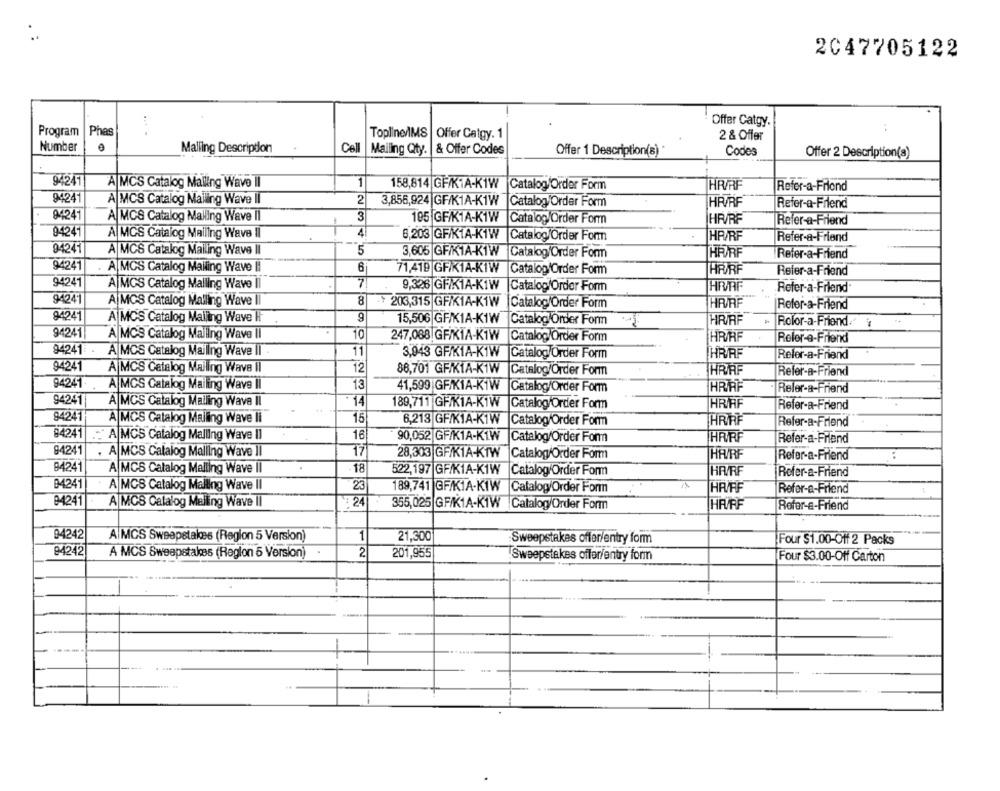
2047705122
Offer Catgy.
Program
Phes
Topline/IMS | Offer Catgy. 1
2 & Offer
Number
Malling Description
Cell
Mailing Qty. |& Offer Codes
Offer 1 Description(8)
Codes
Offer 2 Description(s)
94241
1
A MCS Catalog Malling Wave Il
158,814 GH/KIA-K1W
Catalog/Order Form
HR/RF
Refer-a-Filond
94241
A MCS Catalog Mailing Wave Il
2
3,856,924 GF/K1A-K1W
Catalog/Order Form
HR/RF
Refer-a-Friend
94241
A MCS Catalog Malling Wave Il
3
195 GF/KIA-K1W
Catalog/Order Form
HR/RF
Refer-a-Friend
94241
A MCS Catalog Mailing Wave Il
A
8,203 GF/KTA-K1W
Catalog/Order Form
HP/RF
Refer-a-Friend
94241
A MCS Catalog Mailing Wave Il
5
3,605 GFIK1A-K1W
Catalog/Order Form
HARF
Refer-a-Friend
94241
A MCS Catalog Malling Wave Ii
6
71,419 GFIK1A-K1W
Catalog/Order Form
HRRF
Refer-a-Friend
94241
A|MCS Catalog Malling Wave Il
7
9,326 GFIK1A-K1W
Catalog/Order Form
HR/AF
Refer-a-Friend
94241
8
A|MCS Catalog Malling Wave I
* 203,315 GFIK1A-K1W
Catalog/Order Form
HR/RF
Refer-a-Friend
94241
9
A MCS Catalog Mailing Wave H
15,506 GFIK1A-K1W
Catalog/Order Form
HR/RF
Rofor-a-Friend
94241
A MCS Catalog Malling Wave II
10
247,088 GFIK1A-K1W
Catalog/Order Form
HR/RF
Reler-a-Friend
94241
A MCS Catalog Mailing Wave Il .
11
3,943 GF/K1A-K1W
Catalog/Order Form
HR/RF
Refer-a-Friend
94241
A|MCS Catalog Mailing Wave Il
12
86,701 GFIKIA-K1W
Catalog/Order Form
HRAF
Refer-a-Friend
94241
A MCS Catalog Mailing Wave II
13
41,599 GFIK1A-K1W
Catalog/Order Form
HRAF
Reler-a-Friend
94241
A MCS Catalog Mailing Wave Il
14
189,711 GF/K1A-K1W
HRAF
Catalog/Order Form
Refer-a-Friend
94241
A MCS Catalog Maling Wave Ii
15
6,213 GF/K1A-K1W
Catalog/Order Form
HR/RF
Refer-a-Friend
84241
A MCS Catalog Malling Wave Il
16
90,052 GF/K1A-K1W
Catalog/Order Form
HRRF
Refer-a-Friend
94241
17
. A MCS Catalog Malling Wave II
28,303 GFIK1A-KTW |Catalog/Order Form
HAV/RF
Refer-a-Friend
:
84241
A MCS Catalog Malling Wave II
18
522,197 GF/K1A-K1W Catalog/Order Form
HA/RF
Refer-a-Friend
94241
A MCS Catalog Malling Wave II
23
189,741 GF/KIA-K1W Catalog/Order Form
HR/FF
Refer-a-Friend
94241
A MCS Catalog Malling Wave II
: 24
355,025 GF/K1A-K1W
Catalog/Order Form
HA/FF
Rofor-a-Friend
94242
A MCS Sweepstakes (Region 5 Version)
1
21,300
Sweepstakes offer/entry form
Four $1.00-Off 2 Packs
94242
A MCS Sweepstakes (Region 5 Version]
2
201,955
Sweepstakes offer/entry form
Four $3.00-Off Carton